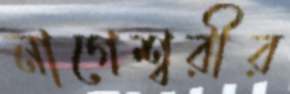
নাগেশ্বরীর